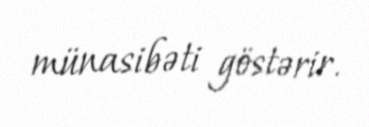
münasibəti göstərir.